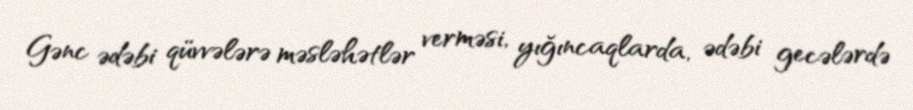
Gənc ədəbi qüvvələrə məsləhətlər verməsi, yığıncaqlarda, ədəbi gecələrdə